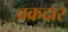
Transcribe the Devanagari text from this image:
वक्रदार